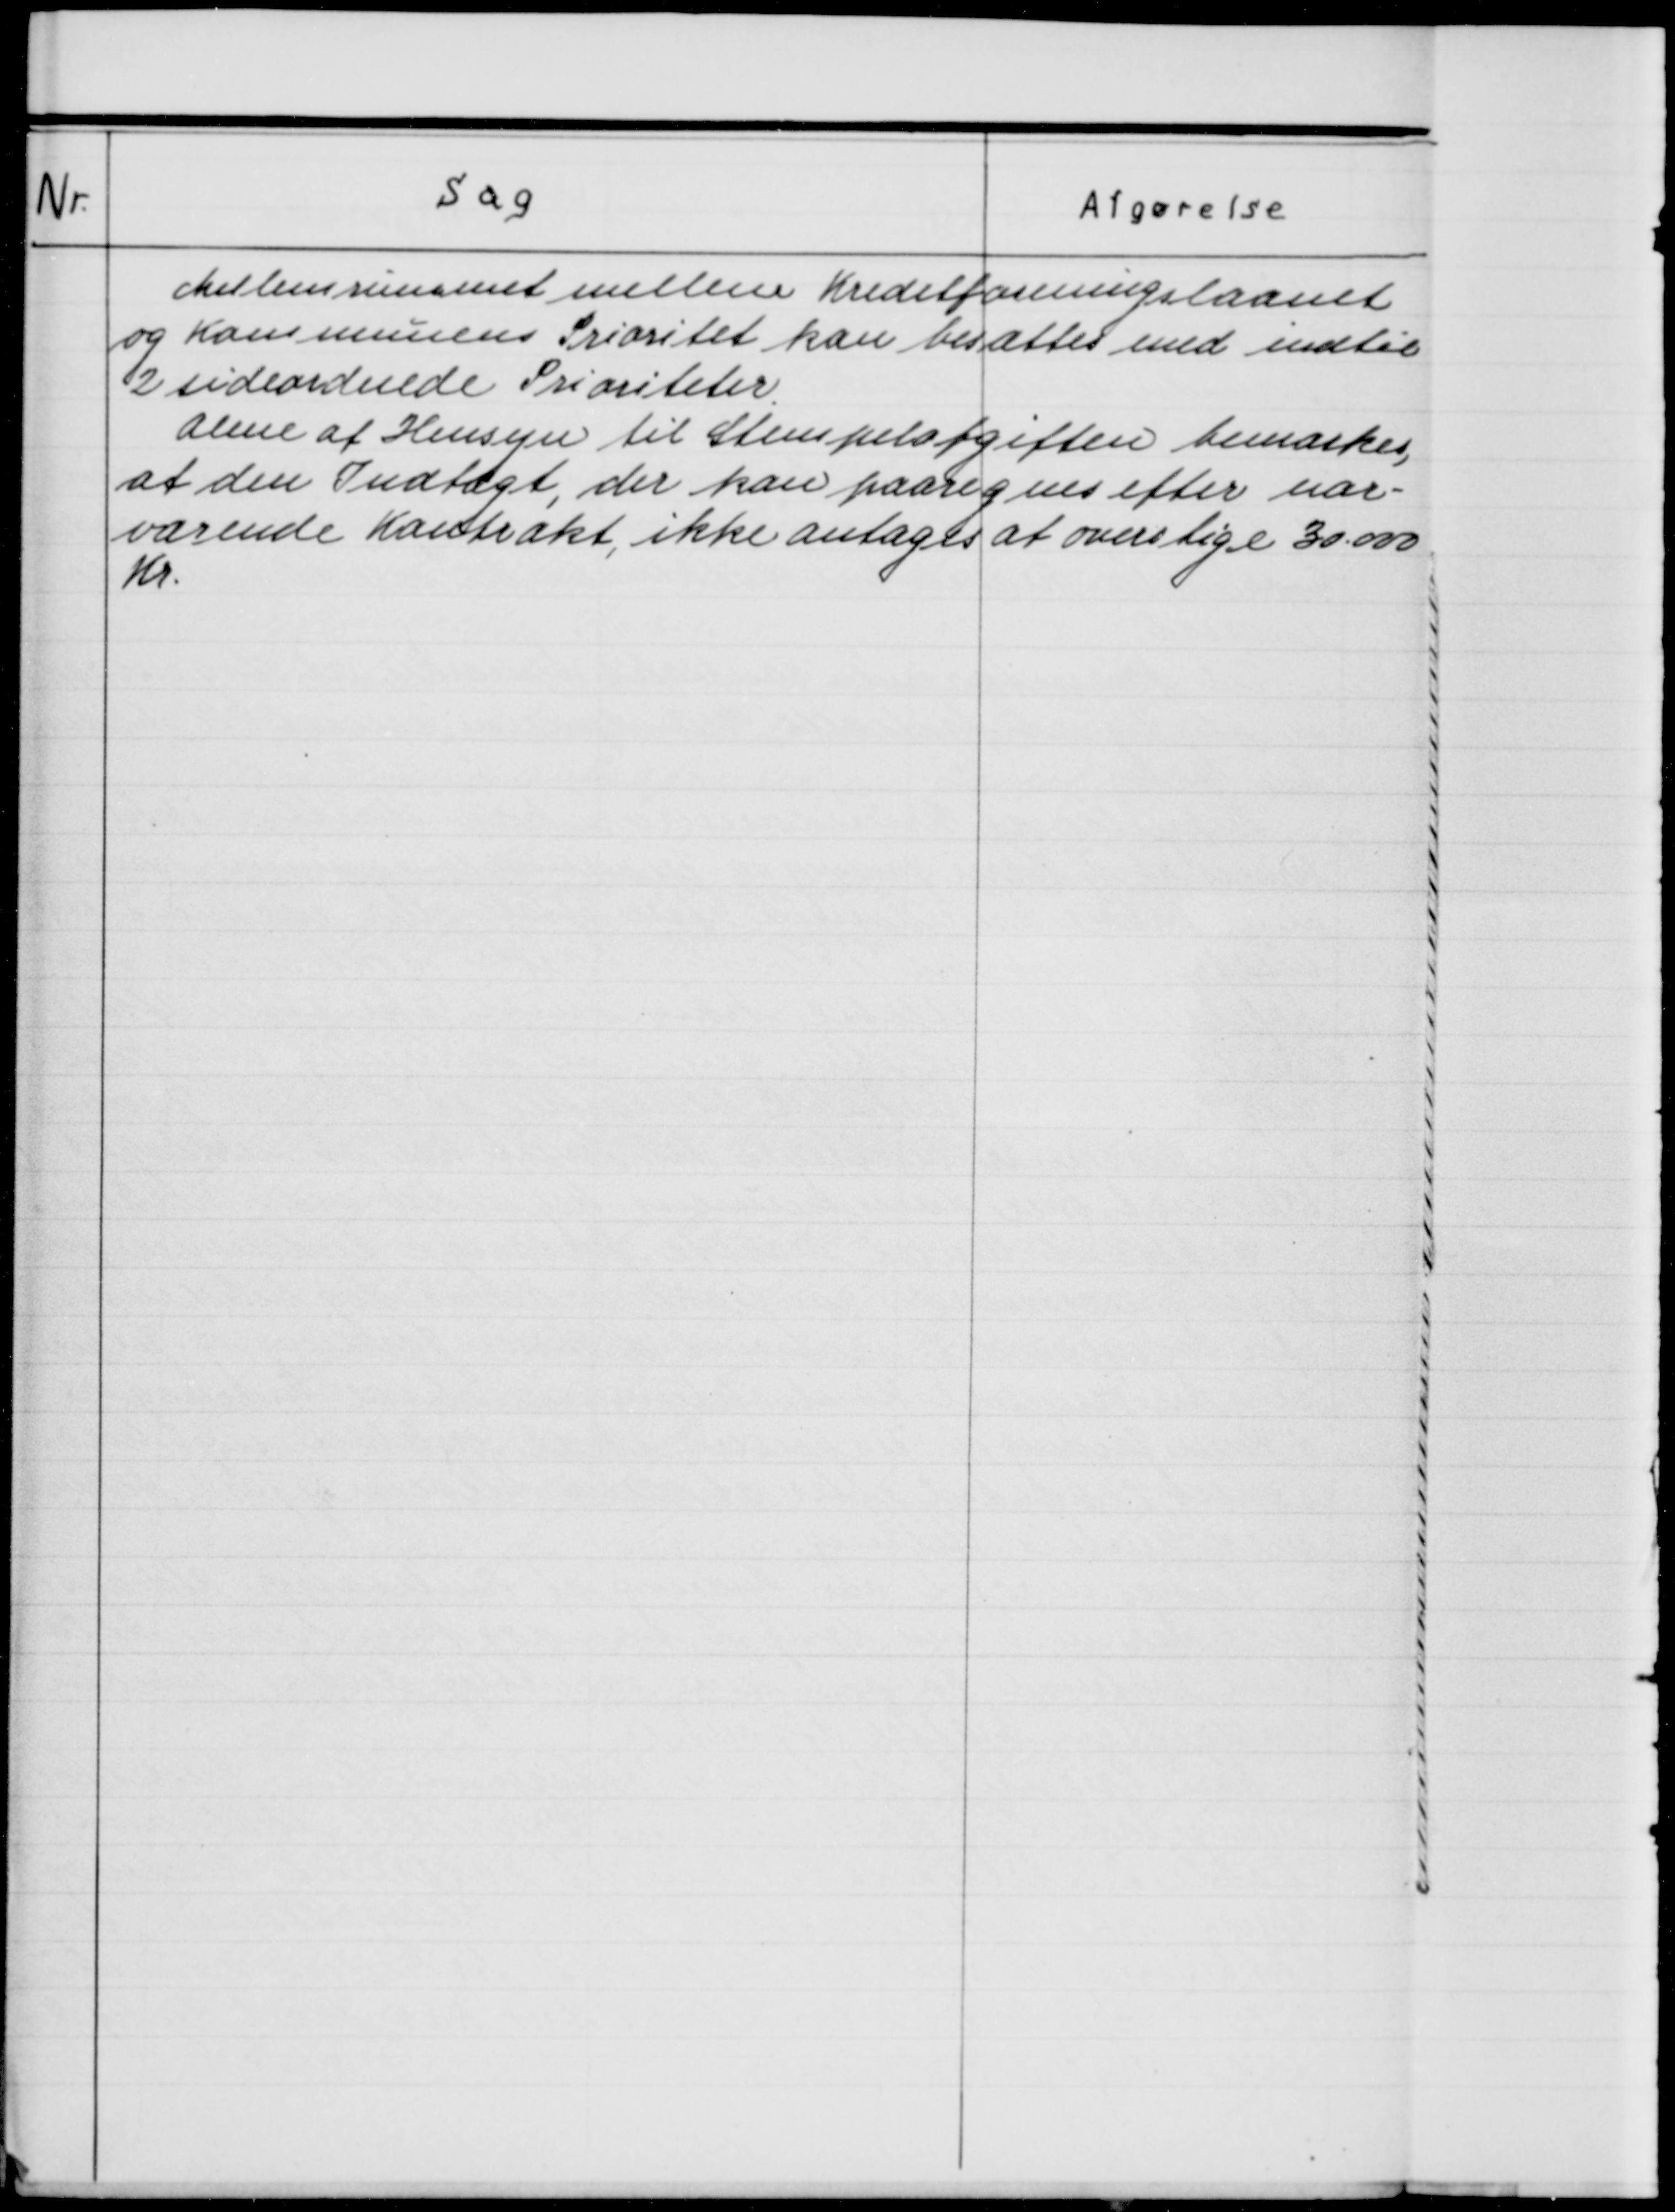
Transskription:
Mellemrummet mellem Kreditforeningslaanet
og Kommunens Prioritet kan besættes med indtil
2 sideordnede Prioriteter.
Alene af Hensyn til Stempelafgiften bemærkes,
at den Indtægt, der kan paaregnes efter nær-
værende Kontrakt, ikke antages at overstige 30.000
Kr.